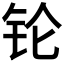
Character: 𬬭